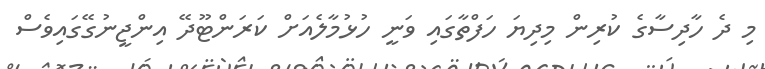
މި ދެ ހާދިސާގެ ކުރިން މިދިޔަ ހަފްތާގައި ވަނީ ހުޅުމާލެއަށް ކަރަންޓޫދޭ އިންޖީނުގޭގައިވެސް